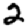
Digit: 2